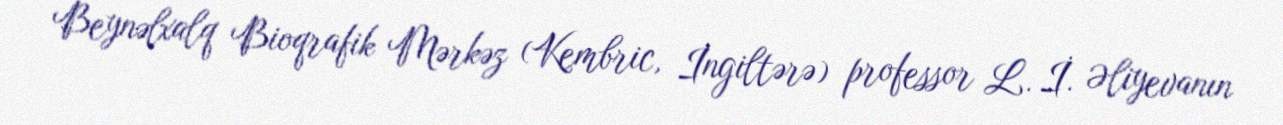
Beynəlxalq Bioqrafik Mərkəz (Kembric, İngiltərə) professor L. İ. Əliyevanın